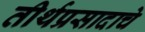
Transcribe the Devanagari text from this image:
तीर्थप्रसादाचे